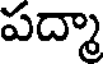
పద్మా